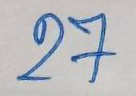
27